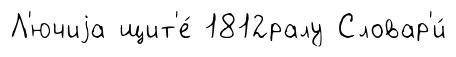
Л'ючиjа щит'е́ 1812ралу Словар'и́